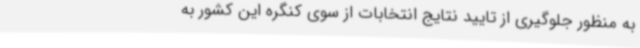
به منظور جلوگیری از تایید نتایج انتخابات از سوی کنگره این کشور به